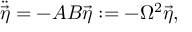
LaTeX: \ddot { \vec { \eta } } = - A B \vec { \eta } : = - \Omega ^ { 2 } \vec { \eta } ,